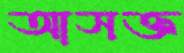
আসক্ত